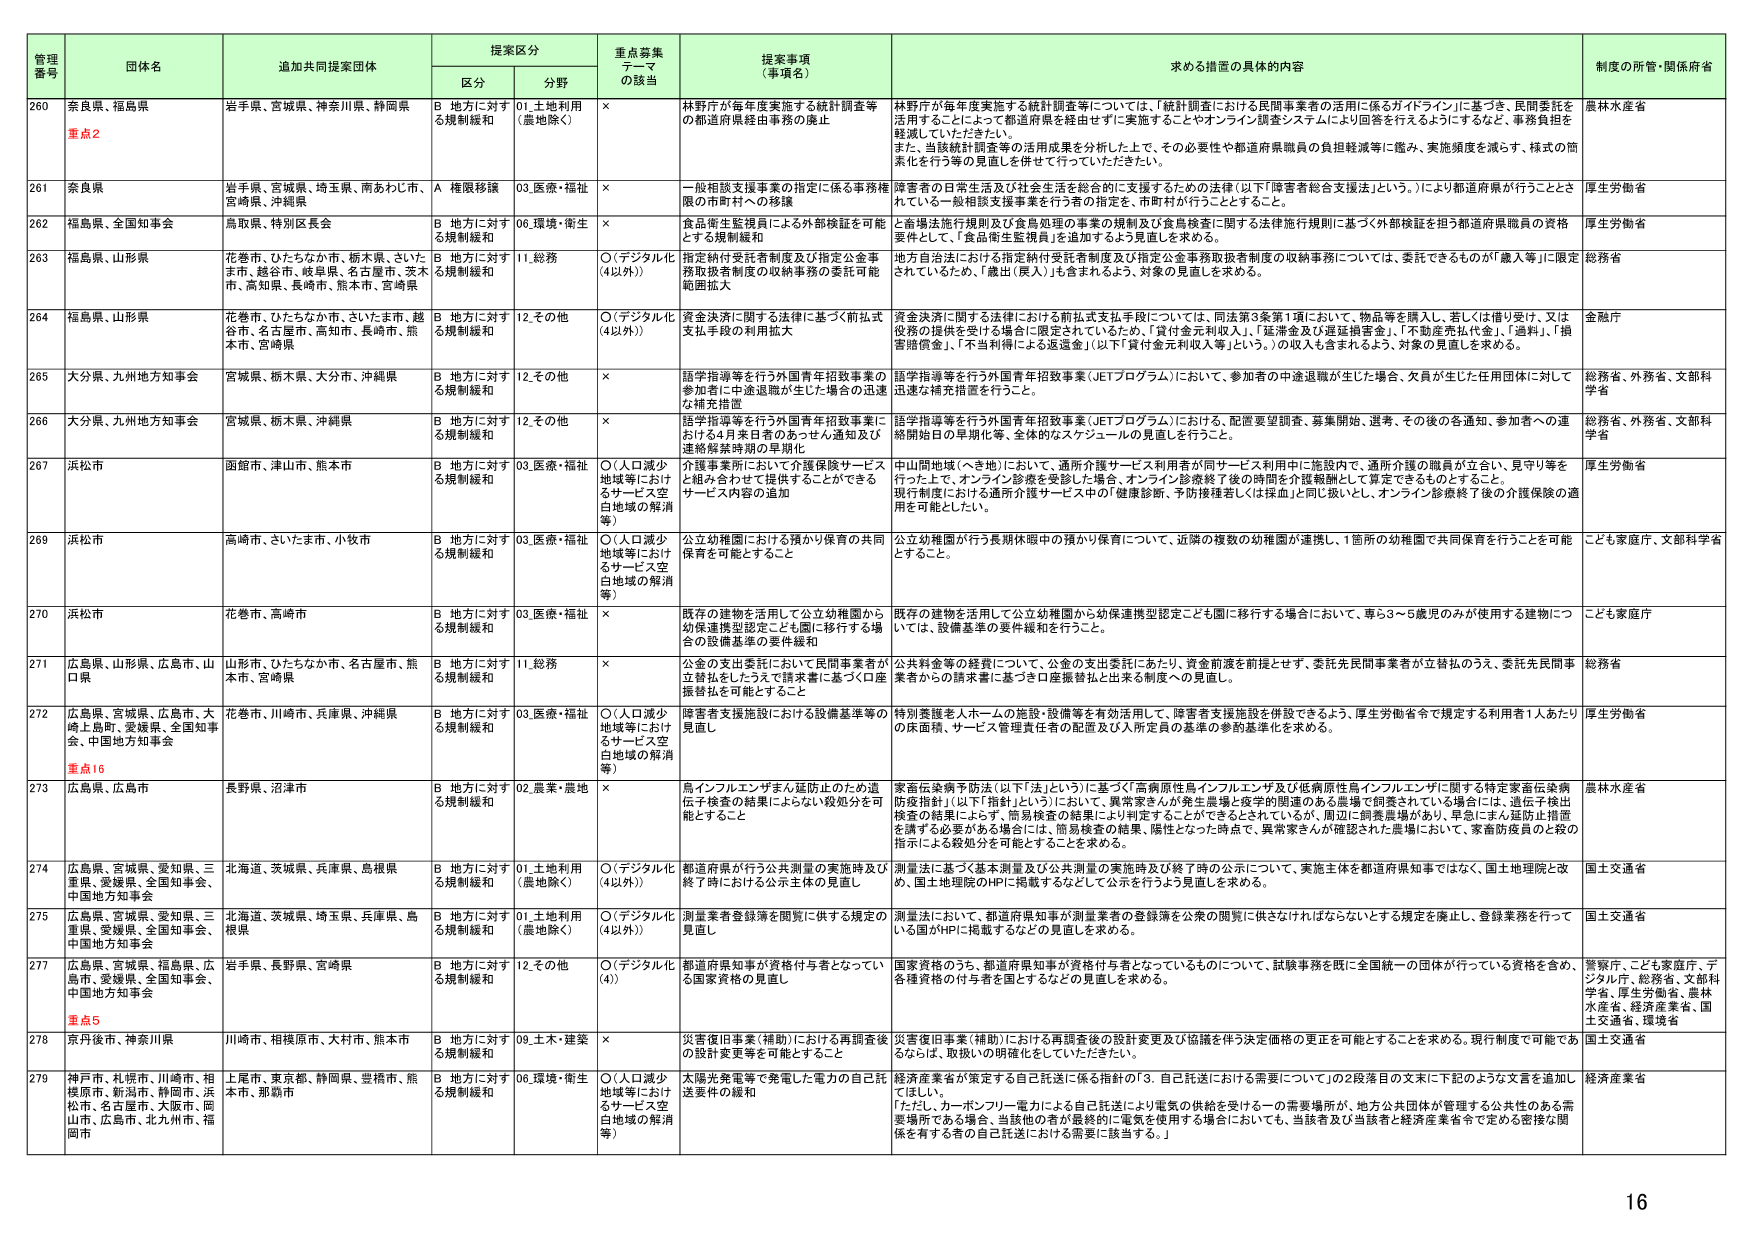
管理番号 団体名 追加共同提案団体 提案区分 重点募集テーマの該当 提案事項（事項名） 求める措置の具体的内容 制度の所管・関係府省
区分 分野
260 奈良県、福島県 重点2 岩手県、宮城県、神奈川県、静岡県 B 地方に対す る規制緩和 01.土地利用 （農地除く） × 林野庁が毎年度実施する統計調査等 の都道府県経由事務の廃止 林野庁が毎年度実施する統計調査等については、「統計調査における民間事業者の活用に係るガイドライン」に基づき、民間委託を 活用することによって都道府県を経由せずに実施することやオンライン調査システムにより回答を行えるようにするなど、事務負担を 軽減していただきたい。 また、当該統計調査等の活用成果を分析した上で、その必要性や都道府県職員の負担軽減等に鑑み、実施頻度を減らす、様式の簡 素化を行う等の見直しを併せて行っていただきたい。 農林水産省
261 奈良県 岩手県、宮城県、埼玉県、南あわじ市、 宮崎県、沖縄県 A 権限移譲 03.医療・福祉 × 一般相談支援事業の指定に係る事務権 限の市町村への移譲 障害者の日常生活及び社会生活を総合的に支援するための法律（以下「障害者総合支援法」という。）により都道府県が行うこととさ れている一般相談支援事業を行う者の指定を、市町村が行うこととする。 厚生労働省
262 福島県、全国知事会 鳥取県、特別区長会 B 地方に対す る規制緩和 06.環境・衛生 × 食品衛生監視員による外部検証を可能 とする規制緩和 と畜場法施行規則及び食肉処理の事業の規制及び食肉検査に関する法律施行規則に基づく外部検証を担う都道府県職員の資格 要件として、「食品衛生監視員」を追加するよう見直しを求める。 厚生労働省
263 福島県、山形県 花巻市、ひたちなか市、栃木県、さいた ま市、越谷市、岐阜県、名古屋市、茨木 市、高知県、長崎市、熊本市、宮崎県 B 地方に対す る規制緩和 11.総務 ○（デジタル化 （4以外）） 指定納付受託者制度及び指定公金事 務取扱者制度の収納事務の委託可能 範囲拡大 地方自治法における指定納付受託者制度及び指定公金事務取扱者制度の収納事務については、委託できるものが「歳入等」に限定 されているため、「歳出（歳入）」も含まれるよう、対象の見直しを求める。 総務省
264 福島県、山形県 花巻市、ひたちなか市、さいたま市、越 谷市、名古屋市、高知市、長崎市、熊 本市、宮崎県 B 地方に対す る規制緩和 12.その他 ○（デジタル化 （4以外）） 資金決済に関する法律に基づく前払式 支払手段の利用拡大 資金決済に関する法律における前払式支払手段については、同法第3条第1項において、物品等を購入し、若しくは借り受け、又は 役務の提供を受けた場合に限定されているため、「貸付金元利収入」、「延滞金及び遅延損害金」、「不動産売払代金」、「過料」、「損 害賠償金」、「不当利得による返還金」（以下「貸付金元利収入等」という。）の収入も含まれるよう、対象の見直しを求める。 金融庁
265 大分県、九州地方知事会 宮城県、栃木県、大分市、沖縄県 B 地方に対す る規制緩和 12.その他 × 語学指導等を行う外国青年招致事業の 参加者に中途退職が生じた場合の迅速 な補充措置 語学指導等を行う外国青年招致事業（JETプログラム）において、参加者の中途退職が生じた場合、欠員が生じた任用団体に対して 迅速な補充措置を行うこと。 総務省、外務省、文部科学省
266 大分県、九州地方知事会 宮城県、栃木県、沖縄県 B 地方に対す る規制緩和 12.その他 × 語学指導等を行う外国青年招致事業に おける4月来日者のあっせん通知及び 連絡解禁時期の早期化 語学指導等を行う外国青年招致事業（JETプログラム）における、配置要望調査、募集開始、選考、その後の各通知、参加者への連 絡開始日の早期化等、全体的なスケジュールの見直しを行うこと。 総務省、外務省、文部科学省
267 浜松市 函館市、津山市、熊本市 B 地方に対す る規制緩和 03.医療・福祉 ○（人口減少 地域等におけ るサービス空 白地域の解消 等） 介護事業所において介護保険サービス と組み合わせて提供することができる サービス内容の追加 中山間地域（へき地）において、通所介護サービス利用者が同サービス利用中に施設内で、通所介護の職員が立会い、見守り等を 行った上で、オンライン診療を受診した場合、オンライン診療終了後の時間を介護報酬として算定できるものとすること。 現行制度において通所介護サービス中の「健康診断、予防接種若しくは採血」と同じ扱いとし、オンライン診療終了後の介護保険の適 用を可能としたい。 厚生労働省
268 浜松市 高崎市、さいたま市、小牧市 B 地方に対す る規制緩和 03.医療・福祉 ○（人口減少 地域等におけ るサービス空 白地域の解消 等） 公立幼稚園における預かり保育の共同 保育を可能とすること 公立幼稚園が行う長期休暇中の預かり保育について、近隣の複数の幼稚園が連携し、1箇所の幼稚園で共同保育を行うことを可能 とすること。 こども家庭庁、文部科学省
270 浜松市 花巻市、高崎市 B 地方に対す る規制緩和 03.医療・福祉 × 既存の建物を活用して公立幼稚園から 幼保連携型認定こども園に移行する場 合の設備基準の要件緩和 既存の建物を活用して公立幼稚園から幼保連携型認定こども園に移行する場合において、専ら3～5歳児のみが使用する建物につ いては、設備基準の要件緩和を行うこと。 こども家庭庁
271 広島県、山形県、広島市、山 口県 山形市、ひたちなか市、名古屋市、熊 本市、宮崎県 B 地方に対す る規制緩和 11.総務 × 公金の支出委託において民間事業者が 立替払をしたうえで請求書に基づく口座 振替払を可能とすること 公共料金等の経費について、公金の支出委託にあたり、資金前渡を前提とせず、委託先民間事業者が立替払のうえ、委託先民間事 業者からの請求書に基づき口座振替払と出来る制度への見直し。 総務省
272 広島県、宮城県、広島市、大 崎上島町、愛媛県、全国知事 会、中国地方知事会 花巻市、川崎市、兵庫県、沖縄県 B 地方に対す る規制緩和 03.医療・福祉 ○（人口減少 地域等におけ るサービス空 白地域の解消 等） 障害者支援施設における設備基準等の 見直し 特別養護老人ホームの施設・設備等を有効活用して、障害者支援施設を併設できるよう、厚生労働省令で規定する利用者1人あたり の床面積、サービス管理責任者の配置及び入所定員の基準の参酌基準化を求める。 厚生労働省
273 広島県、広島市 重点16 長野県、沼津市 B 地方に対す る規制緩和 02.農業・農地 × 鳥インフルエンザまん延防止のため遺 伝子検査の結果によらない殺処分を可 能とすること 家畜伝染病予防法（以下「法」という）に基づく「高病原性鳥インフルエンザ及び低病原性鳥インフルエンザに関する特定家畜伝染病 防疫指針」（以下「指針」という）において、異常家さんが発生農場と疫学的関連のある農場で飼養されている場合には、遺伝子検出 検査の結果によらず、簡易検査の結果により判定することができるとされているが、周辺に飼養農場があり、早急にまん延防止措置 を講ずる必要がある場合には、簡易検査の結果、陽性となった時点で、異常家さんが確認された農場において、家畜防疫員のと峻の 指示による殺処分を可能とすることを求める。 農林水産省
274 広島県、宮城県、愛知県、三 重県、愛媛県、全国知事会、 中国地方知事会 北海道、茨城県、兵庫県、島根県 B 地方に対す る規制緩和 01.土地利用 （農地除く） ○（デジタル化 （4以外）） 都道府県が行う公共測量の実施時及び 終了時における公示主体の見直し 測量法に基づく基本測量及び公共測量の実施時及び終了時の公示について、実施主体を都道府県知事ではなく、国土地理院と改 め、国土地理院のHPに掲載するなどして公示を行うよう見直しを求める。 国土交通省
275 広島県、宮城県、愛知県、三 重県、愛媛県、全国知事会、 中国地方知事会 北海道、茨城県、埼玉県、兵庫県、島 根県 B 地方に対す る規制緩和 01.土地利用 （農地除く） ○（デジタル化 （4以外）） 測量業者登録簿を閲覧に供する規定の 見直し 測量法において、都道府県知事が測量業者の登録簿を公衆の閲覧に供さなければならないとする規定を廃止し、登録業務を行って いる国がHPに掲載するなどの見直しを求める。 国土交通省
277 広島県、宮城県、福島県、広 島市、愛媛県、全国知事会、 中国地方知事会 重点5 岩手県、長野県、宮崎県 B 地方に対す る規制緩和 12.その他 ○（デジタル化 （4）） 都道府県知事が資格付与者となってい る国家資格の見直し 国家資格のうち、都道府県知事が資格付与者となっているものについて、試験事務を既に全国統一の団体が行っている資格を含め、 各種資格の付与者を国とするなどの見直しを求める。 警察庁、こども家庭庁、デ ジタル庁、総務省、文部科 学省、厚生労働省、農林 水産省、経済産業省、国 土交通省、環境省
278 京丹後市、神奈川県 川崎市、相模原市、大村市、熊本市 B 地方に対す る規制緩和 09.土木・建築 × 災害復旧事業（補助）における再調査後 の設計変更等を可能とすること 災害復旧事業（補助）における再調査後の設計変更及び協議を伴う決定価格の更正を可能とすることを求める。現行制度下可能であ るならば、取扱いの明確化をしていただきたい。 国土交通省
279 神戸市、札幌市、川崎市、相 模原市、新潟市、静岡市、浜 松市、名古屋市、大阪市、岡 山市、広島市、北九州市、福 岡市 上尾市、東京都、静岡県、豊橋市、熊 本市、那覇市 B 地方に対す る規制緩和 06.環境・衛生 ○（人口減少 地域等におけ るサービス空 白地域の解消 等） 太陽光発電等で発電した電力の自己託 送要件の緩和 経済産業省が策定する自己託送に係る指針の「3．自己託送における需要について」の2段落目の文末に下記のような文言を追加し てほしい。 「ただし、カーボンフリー電力による自己託送により電気の供給を受ける一の需要場所が、地方公共団体が管理する公共性のある需 要場所である場合、当該他の者が最終的に電気を使用する場合においても、当該者及び当該者と経済産業省令で定める密接な関 係を有する者の自己託送における需要に該当する。」 経済産業省
16